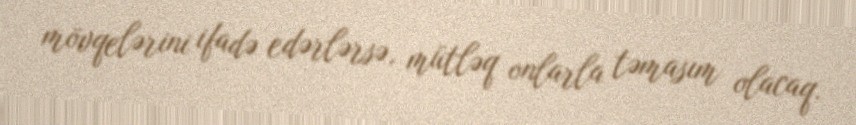
mövqelərini ifadə edərlərsə, mütləq onlarla təmasım olacaq.